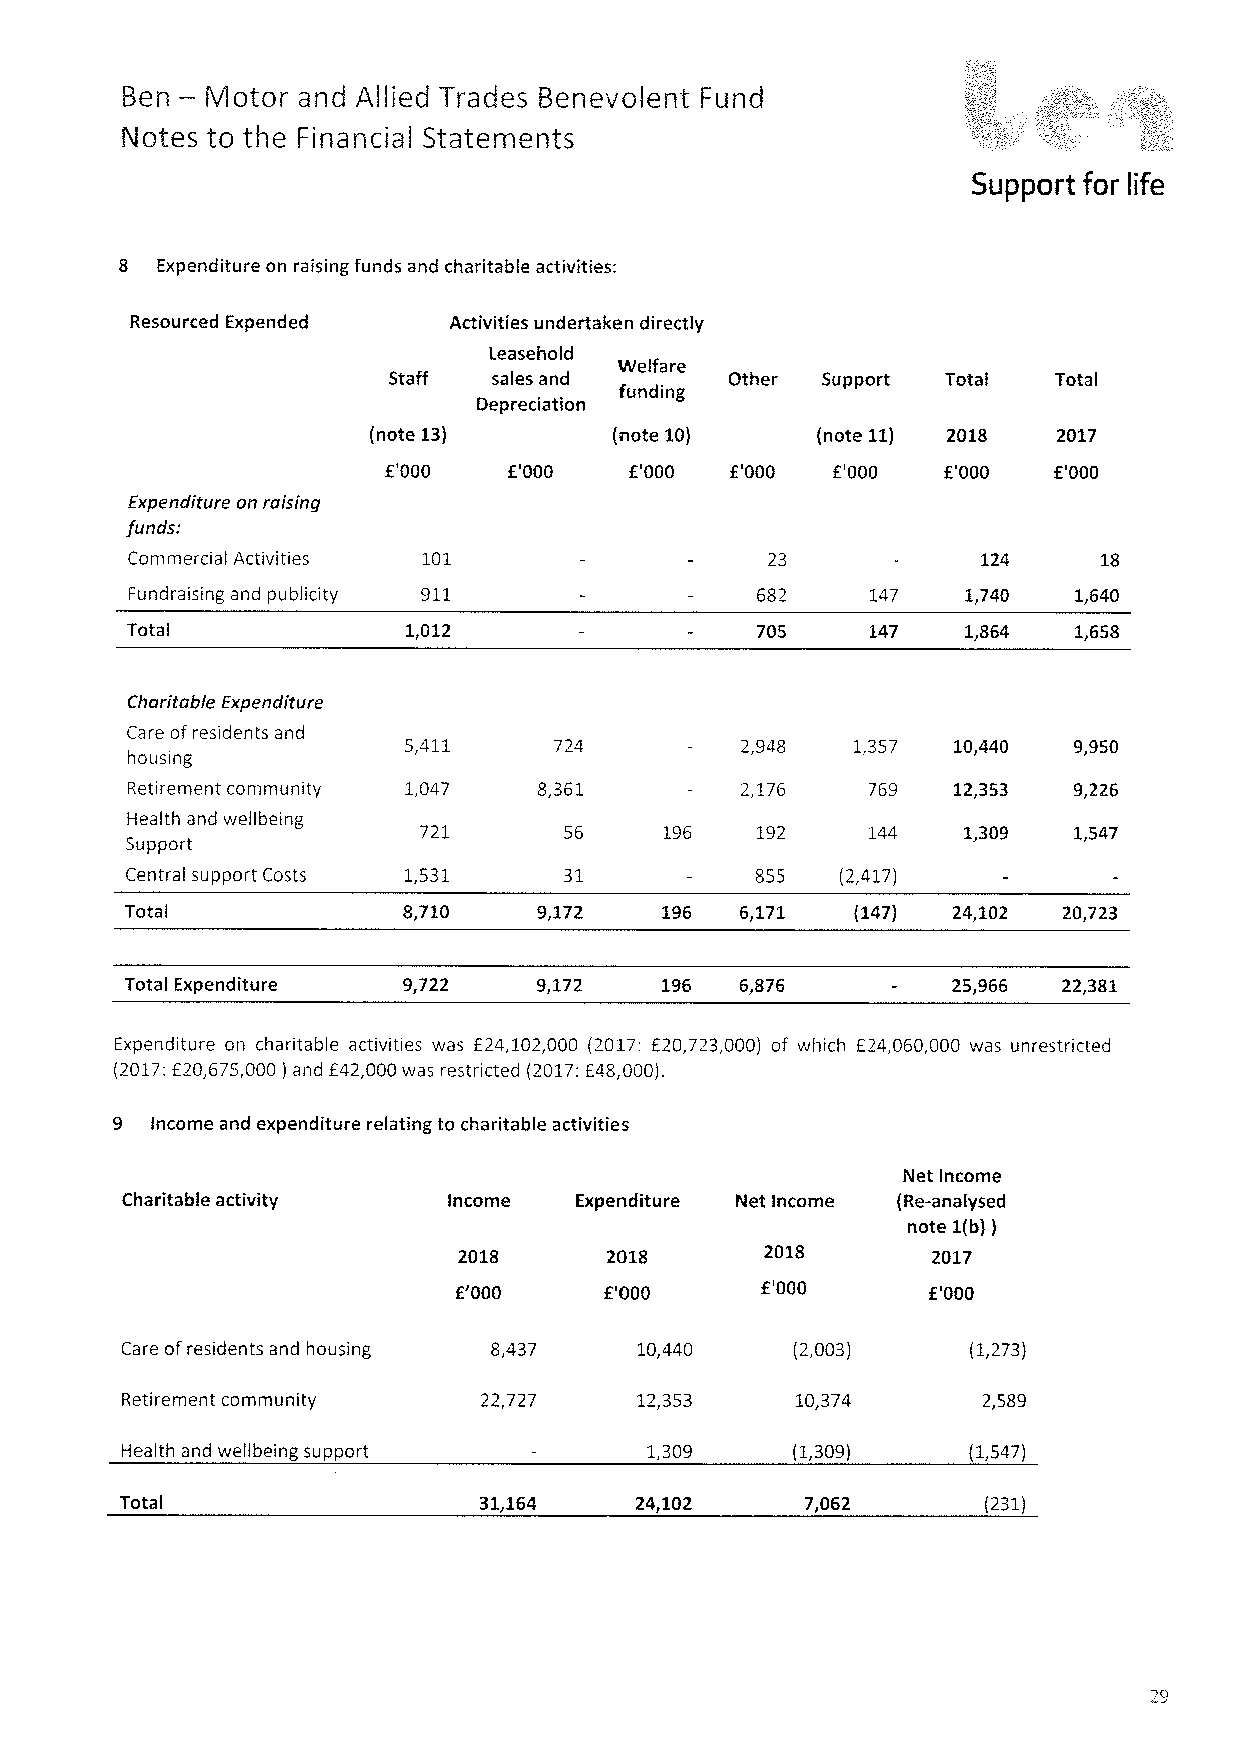
—
 Ben   Motor and Allied Trades Benevolent Fund
 Notes to the Financial Statements
 Support for life
 8 Expenditure on raising funds and charitable activities:
 Resourced Expended   Activities undertaken directly
 Leasehold
 Welfare
 Staff  sales and      Other Support  Total  Total
 funding
 Depreciation
 (note 13)        (note 10)    (note 11) 2018  2017
 f'000    f'000   f'000 f'000  f'000  f'000   f'000
 Expenditure on raising
 funds:
 Commercial Activities 101                  23            124     18
 Fundraising and publicity 911            682     147   1,740  1,640
 Total              1,012                  705     147   1,864  1,658
 Charitable Expenditure
 Care ofresidents and
 5,411     724         2,948  1,357  10,440  9,950
 housing
 Retirement community 1,047  8,361        2,176   769   12,353  9,226
 Health and wellbeing
 721      56     196   192    144    1,309  1,547
 Support
 Central support Costs 1,531  31           855   (2,417)
 Total              8,710    9,172   196  6,171   (147) 24,102 20,723
 Total Expenditure  9,722    9,172   196  6,876         25,966 22,381
 Expenditure on charitable activities was f24,102,000 (2017: f20,723,000) of which f24,060,000 was unrestricted
 (2017:f 20,675,000 and f42,000was restricted (2017:f48,000).
 )
 9  Income and expenditure relating to charitable activities
 Net Income
 Charitable activity   Income  Expenditure Net Income (Re-analysed
 note 1(b))
 2018      2018       2018       2017
 f'000     f'000     f'000      f'000
 Care ofresidents and housing 8,437 10,440    (2,003)    (1,273)
 Retirement community    22,727    12,353     10,374      2,589
 Health and wellbeing support       1,309    (1,309)     (1,547)
 Total                   31,164    24,102     7,062       (231)